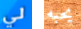
لي يحبه